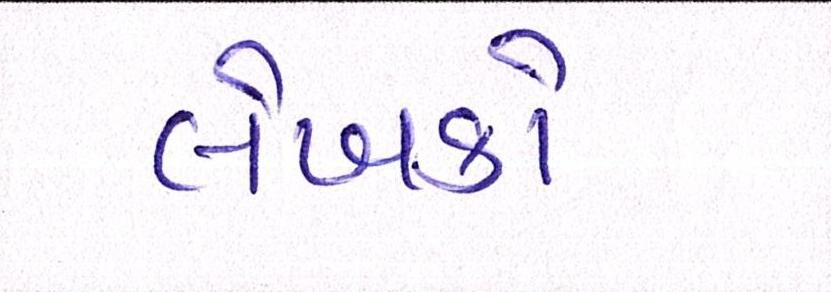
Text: લેખકો